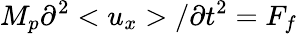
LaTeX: M_{p}\partial^{2}<u_{x}>/\partial t^{2}=F_{f}